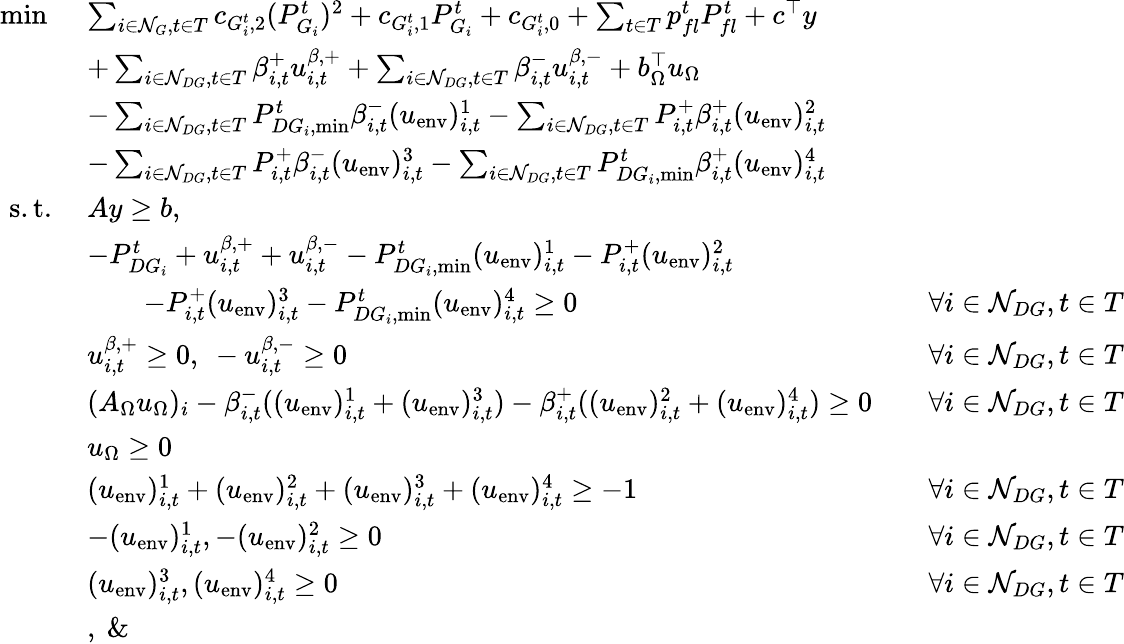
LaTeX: \begin{array}{rlrl}{\operatorname*{min}\ }&{\sum_{i\in\mathcal{N}_{G},t\in T}c_{G_{i}^{t},2}(P_{G_{i}}^{t})^{2}+c_{G_{i}^{t},1}P_{G_{i}}^{t}+c_{G_{i}^{t},0}+\sum_{t\in T}p_{fl}^{t}P_{fl}^{t}+c^{\top}y}\\ &{+\sum_{i\in\mathcal{N}_{DG},t\in T}\beta_{i,t}^{+}u_{i,t}^{\beta,+}+\sum_{i\in\mathcal{N}_{DG},t\in T}\beta_{i,t}^{-}u_{i,t}^{\beta,-}+b_{\Omega}^{\top}u_{\Omega}}\\ &{-\sum_{i\in\mathcal{N}_{DG},t\in T}P_{DG_{i},\operatorname*{min}}^{t}\beta_{i,t}^{-}(u_{\mathrm{env}})_{i,t}^{1}-\sum_{i\in\mathcal{N}_{DG},t\in T}P_{i,t}^{+}\beta_{i,t}^{+}(u_{\mathrm{env}})_{i,t}^{2}}\\ &{-\sum_{i\in\mathcal{N}_{DG},t\in T}P_{i,t}^{+}\beta_{i,t}^{-}(u_{\mathrm{env}})_{i,t}^{3}-\sum_{i\in\mathcal{N}_{DG},t\in T}P_{DG_{i},\operatorname*{min}}^{t}\beta_{i,t}^{+}(u_{\mathrm{env}})_{i,t}^{4}}\\ {\mathrm{s.t.}\ }&{Ay\geq b,}\\ &{-P_{DG_{i}}^{t}+u_{i,t}^{\beta,+}+u_{i,t}^{\beta,-}-P_{DG_{i},\operatorname*{min}}^{t}(u_{\mathrm{env}})_{i,t}^{1}-P_{i,t}^{+}(u_{\mathrm{env}})_{i,t}^{2}}\\ &{\qquad-P_{i,t}^{+}(u_{\mathrm{env}})_{i,t}^{3}-P_{DG_{i},\operatorname*{min}}^{t}(u_{\mathrm{env}})_{i,t}^{4}\geq 0}&&{\forall i\in\mathcal{N}_{DG},t\in T}\\ &{u_{i,t}^{\beta,+}\geq 0,\ -u_{i,t}^{\beta,-}\geq 0}&&{\forall i\in\mathcal{N}_{DG},t\in T}\\ &{(A_{\Omega}u_{\Omega})_{i}-\beta_{i,t}^{-}((u_{\mathrm{env}})_{i,t}^{1}+(u_{\mathrm{env}})_{i,t}^{3})-\beta_{i,t}^{+}((u_{\mathrm{env}})_{i,t}^{2}+(u_{\mathrm{env}})_{i,t}^{4})\geq 0}&&{\forall i\in\mathcal{N}_{DG},t\in T}\\ &{u_{\Omega}\geq 0}\\ &{(u_{\mathrm{env}})_{i,t}^{1}+(u_{\mathrm{env}})_{i,t}^{2}+(u_{\mathrm{env}})_{i,t}^{3}+(u_{\mathrm{env}})_{i,t}^{4}\geq-1}&&{\forall i\in\mathcal{N}_{DG},t\in T}\\ &{-(u_{\mathrm{env}})_{i,t}^{1},-(u_{\mathrm{env}})_{i,t}^{2}\geq 0}&&{\forall i\in\mathcal{N}_{DG},t\in T}\\ &{(u_{\mathrm{env}})_{i,t}^{3},(u_{\mathrm{env}})_{i,t}^{4}\geq 0}&&{\forall i\in\mathcal{N}_{DG},t\in T}\\ &{,\ \& \ }\end{array}